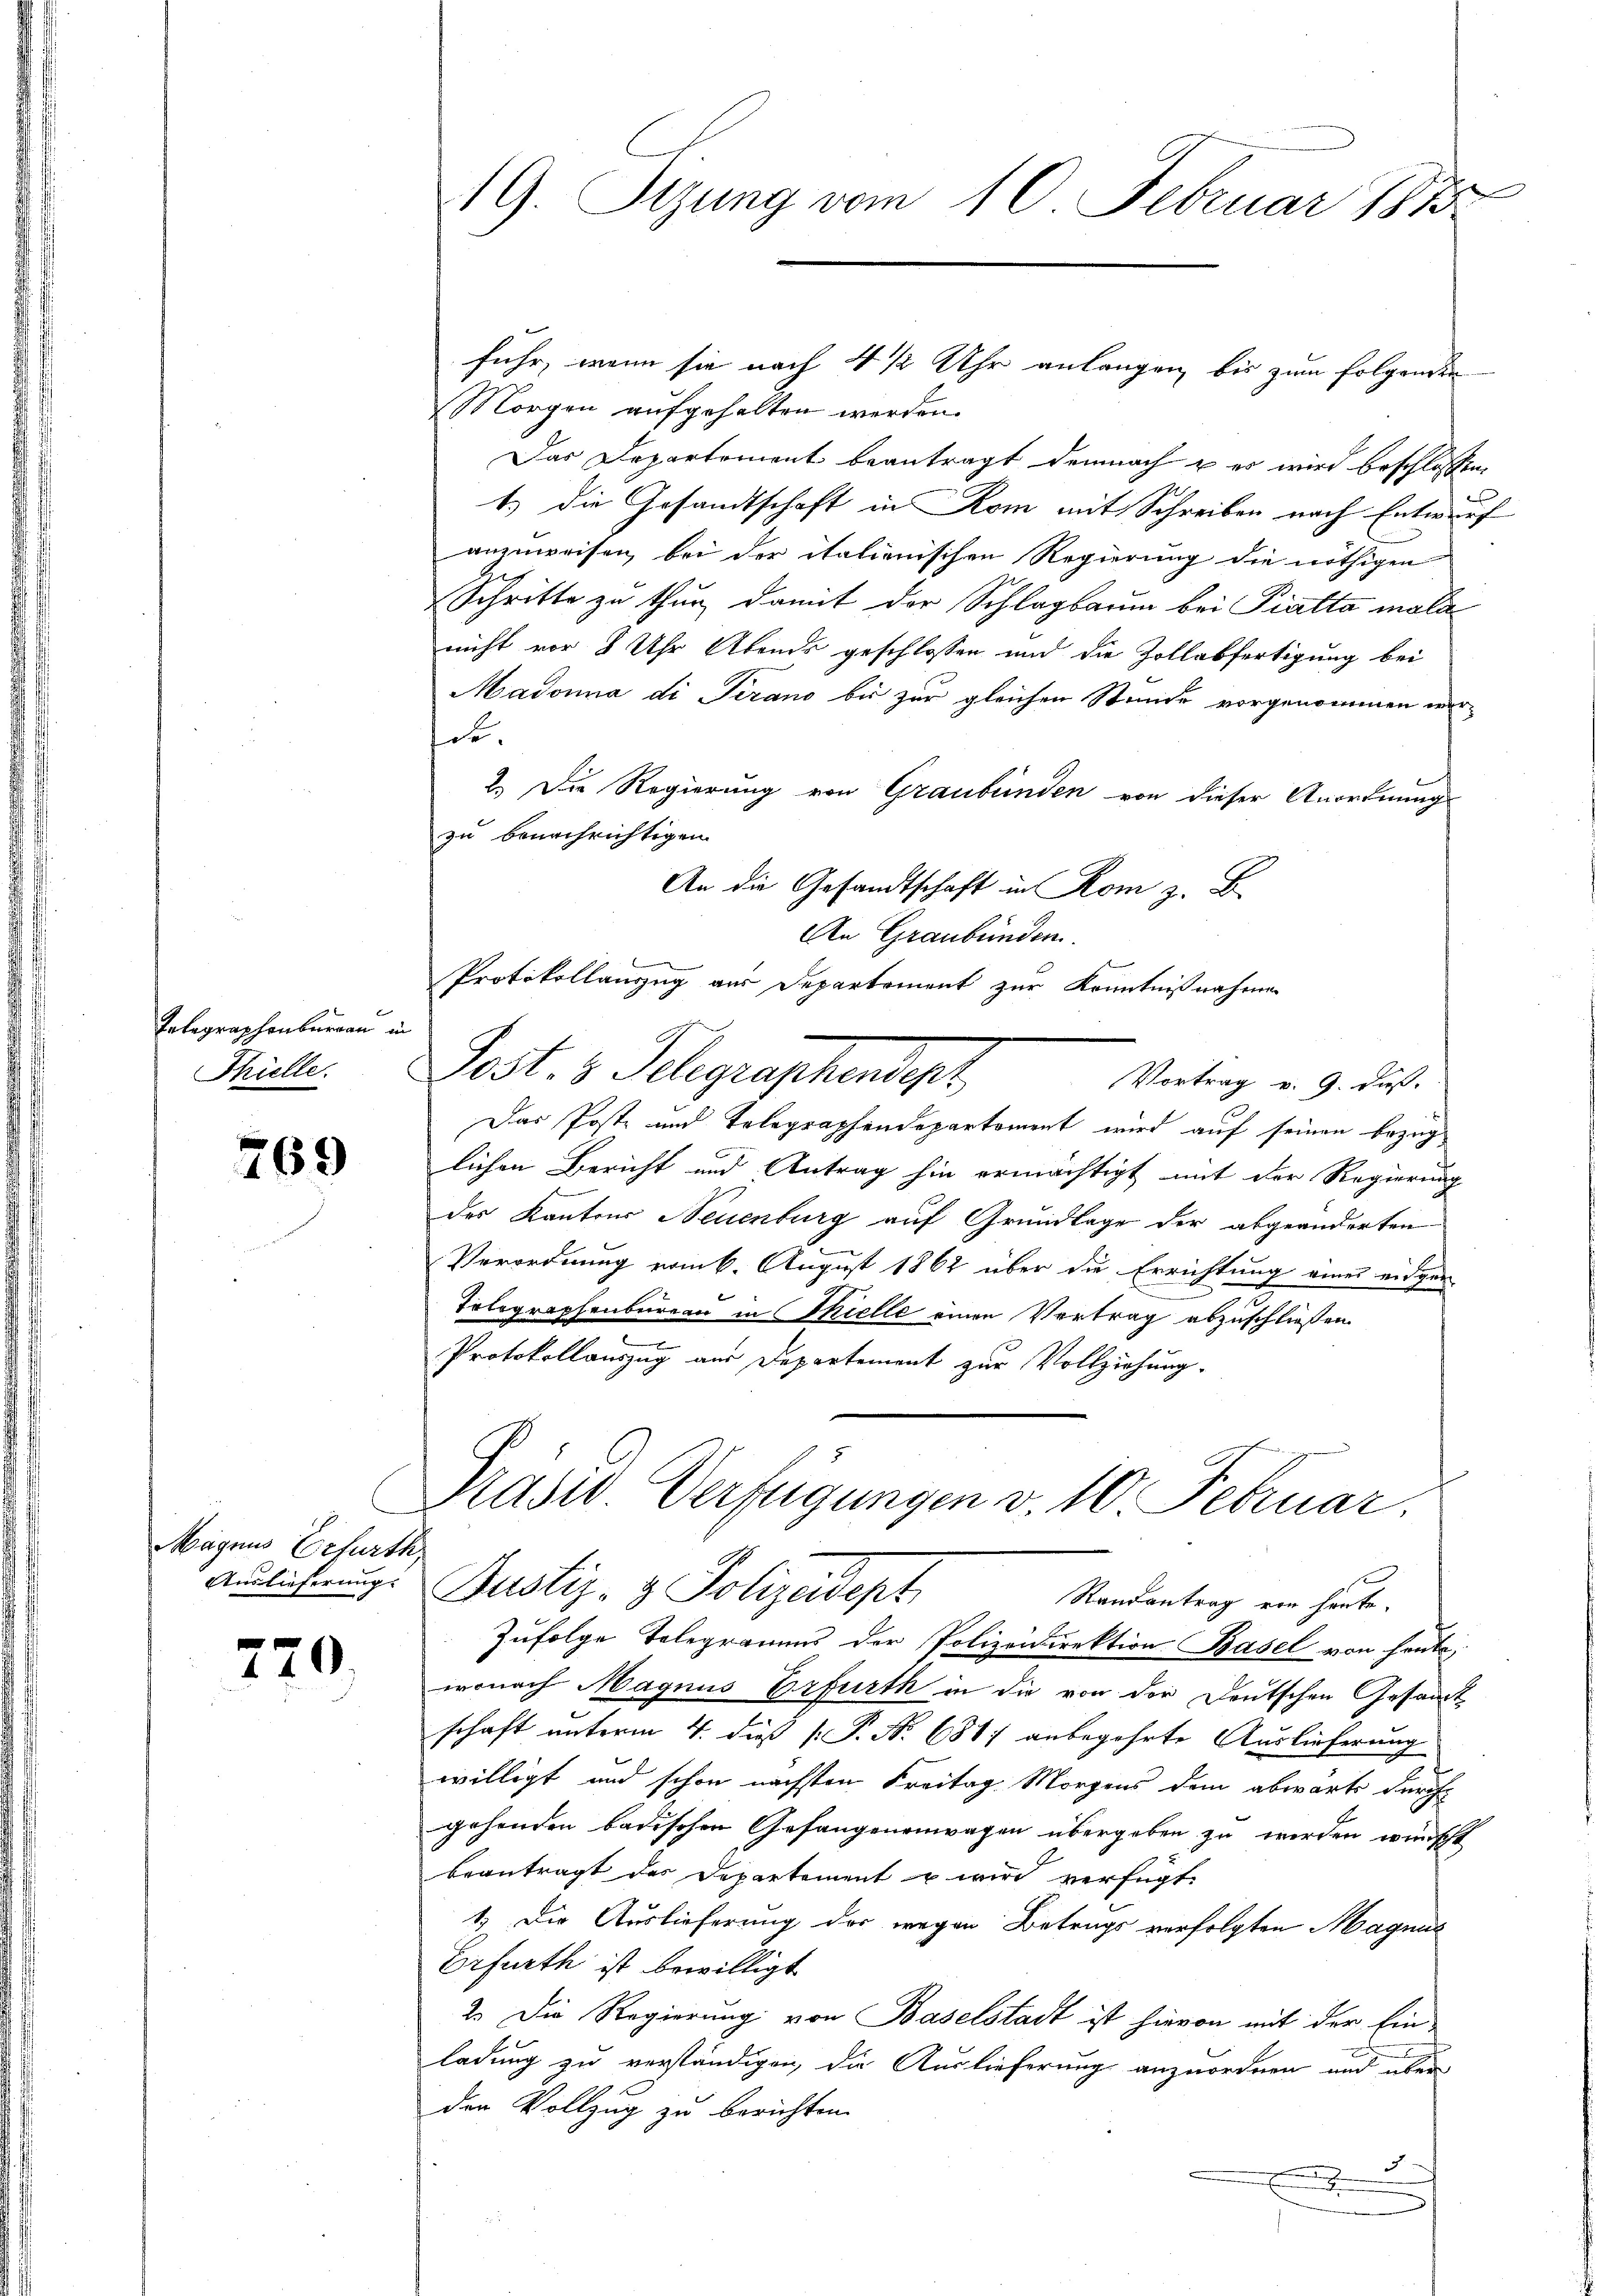
Telegraphenburgau in
Thielle.

769

Magnus Erfurth
Auslieferung.

770

e
19. Sizung vom 10. Februar 1875

fuhr, wenn sie nach 4 1/2 Uhr anlangen, bis zum Folgenden
Morgen aufgehalten werden.
Das Departement beantragt demnach & es wird beschlossen,
1.) Die Gesandtschaft in Rom mit Schreiben nach Entwurf
anzuweisen, bei der italienischen Regierung die nöthigen
Schritte zu thur, damit der Schlagbaum bei Pratta mala
nicht vor 8 Uhr Abends geschlossen und die Zollabfertigung bei
Madonna di Serano bis zur gleichen Stunde vorgenommen werde.
2.) Die Regierung von Graubünden von dieser Anordnung
zu benachrichtigen.
An die Gesandtschaft in Rom z. B.
An Graubünden.
Protokollauszug aus Departement zur Kenntnißnahmen
Post. 3. Telegraphendigt
Vortrag v. 9. daß
Das Poste und Telegraphendepartement wird auf seinen Bezug
lichen Bericht und Antrag hin ermächtigt mit der Regierung
des Kantons Neuenburg auf Grundlage der abgeänderten
Verordnung vom k. August 1862 über die Errichtung eines eidgen
Tolographenbureau in Thielle einen Vertrag abzuschließen.
Protokollauszug aus Departement zur Vollziehung.
Präsid Verfügungen v. 10 Februar.
Justiz- & Polizeidept
Randantrag von heute.
Zufolge Telegramms der Polizeidirektion Basel von heute,
wonach Magnus Erfurth in die von der Deutschen Gesamt
schaft unterm 4. dieß P. Nr. 681 anbegehrte Auslieferung
willigt und schon nächsten Freitag Morgens dem abwärts durch
gehenden badischen Gefangenenwagen übergeben zu werden wünscht
beantragt das Departement u wird verfügt:
1.) Die Auslieferung der wegen Betrags verfolgten Magnus
Erfurth ist bewilligt
2. Die Regierung von Baselstadt ist hievon mit der Einladung zu verständigen, die Auslieferung anzuordnen und über
den Vollzug zu berichten.
J
E
2.